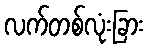
လက်တစ်လုံးခြား